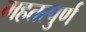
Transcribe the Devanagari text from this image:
महतत्पुर्ण